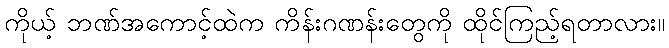
ကိုယ့် ဘဏ်အကောင့်ထဲက ကိန်းဂဏန်းတွေကို ထိုင်ကြည့်ရတာလား။